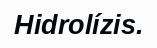
Hidrolízis.